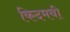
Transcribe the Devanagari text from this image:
किदमबी